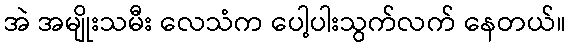
အဲ အမျိုးသမီး လေသံက ပေါ့ပါးသွက်လက် နေတယ်။